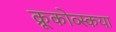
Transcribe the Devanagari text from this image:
क्रूकोव्स्कया